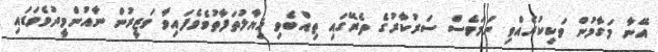
އޭނާ މަގާމުން ވަކިކުރެއްވި ނަމަވެސް ސަރުކާރުގެ ތެރޭގައި ތިއްބެވި ޚިޔާލުތަފާތުވެވެފައިވާ ވަޒީރުން ނާއުންމީދުވެވަޑައި